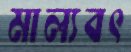
মাল্যবৎ